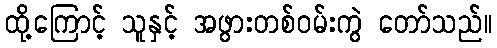
ထို့ကြောင့် သူနှင့် အဖွားတစ်ဝမ်းကွဲ တော်သည်။